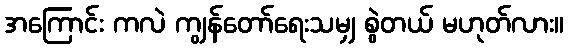
အကြောင်း ကလဲ ကျွန်တော်ရေးသမျှ စွဲတယ် မဟုတ်လား။